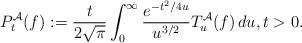
LaTeX: \begin{align*}P_t^\mathcal{A}(f):=\frac{t}{2\sqrt{\pi}}\int_0^\infty\frac{ e^{-t^2/4u}}{u^{3/2}}T_u^\mathcal{A}(f)\, du,t>0.\end{align*}